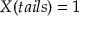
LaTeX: X ( t a i l s ) = 1